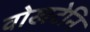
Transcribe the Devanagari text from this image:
वोखटेनि